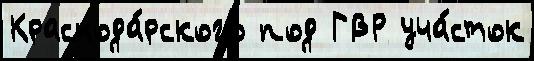
Краснода́рского под ГВР уча́сток